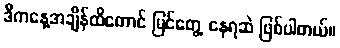
ဒီကနေ့အချိန်ထိတောင် မြင်တွေ့ နေရဆဲ ဖြစ်ပါတယ်။